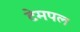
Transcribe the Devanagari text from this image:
टेमपल